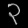
Digit: ၃